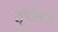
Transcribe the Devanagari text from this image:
सृष्टीसाठी